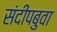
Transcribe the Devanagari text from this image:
संदीपबुवा